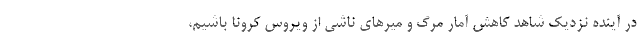
در آینده نزدیک شاهد کاهش آمار مرگ و میرهای ناشی از ویروس کرونا باشیم،